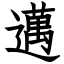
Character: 邁